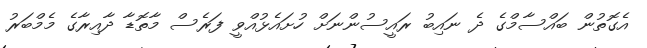
އެގޮތުން ބައްސާމްގެ ދެ ނައިބު ރައީސުންނަށް ހުށައެޅުއްވީ ފަރެސް މާތޮޑާ ދާއިރާގެ މެމްބަރު